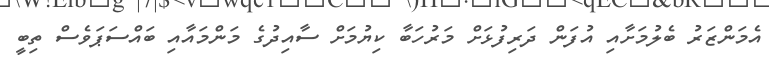
އެމަންޒަރު ބެލުމަށާއި އުފަން ދަރިފުޅަށް މަރުހަބާ ކިޔުމަށް ސާއިދުގެ މަންމައާއި ބައްސަޕަވެސް ތިބީ